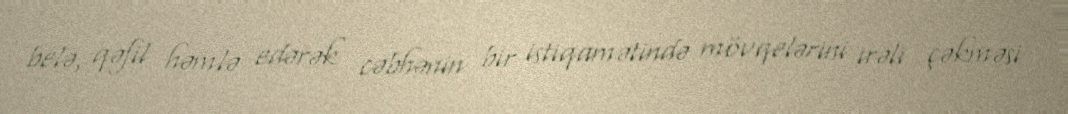
belə, qəfil həmlə edərək cəbhənin bir istiqamətində mövqelərini irəli çəkməsi